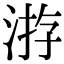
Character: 㳺